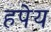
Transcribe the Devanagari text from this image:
हपेय